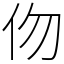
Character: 伆